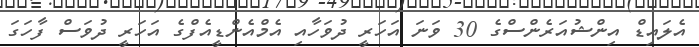
އެލައިޑް އިންޝުއަރެންސްގެ 30 ވަނަ އަހަރީ ދުވަހާއި އެމްއެންޑީއެފްގެ އަހަރީ ދުވަސް ފާހަގަ